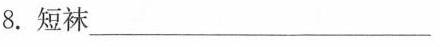
8.短袜___